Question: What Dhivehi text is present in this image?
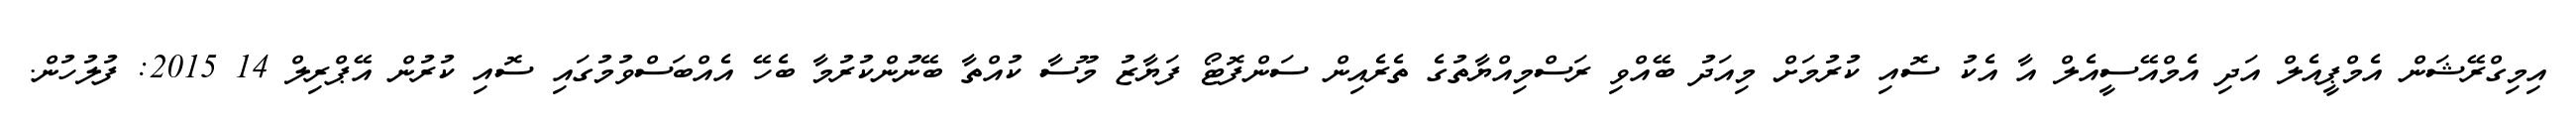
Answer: އިމިގްރޭޝަން އެމްޕީއެލް އަދި އެމްއޭސީއެލް އާ އެކު ސޮއި ކުރުމަށް މިއަދު ބޭއްވި ރަސްމިއްޔާތުގެ ތެރެއިން ސަންފޮޓޯ ފަޔާޒު މޫސާ ކުއްތާ ބޭނުންކުރުމާ ބެހޭ އެއްބަސްވުމުގައި ސޮއި ކުރުން އޭޕްރިލް 14 2015: ފުލުހުން.